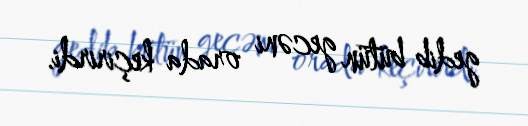
gedib bütün gecəni orada keçirirdi.